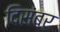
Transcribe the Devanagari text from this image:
दिसंबर